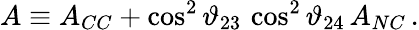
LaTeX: A\equiv A_{CC}+\cos^{2}{\vartheta_{23}}\, \cos^{2}{\vartheta_{24}}\, A_{NC}\, .